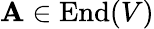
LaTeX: \mathbf{A}\in\operatorname{End}(V)